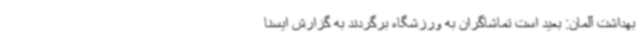
بهداشت آلمان: بعید است تماشاگران به ورزشگاه برگردند به گزارش ایسنا